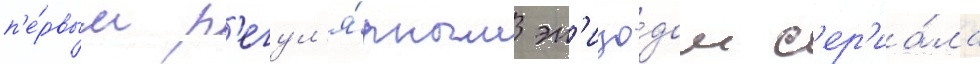
п'е́рвым р'егул'я́рным эп'изо́дом с'ер'иа́ла